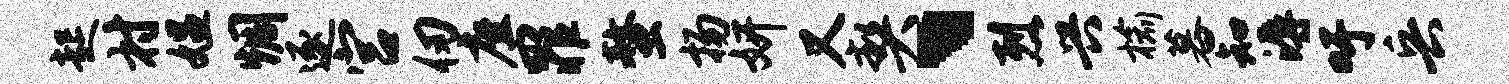
起村媪惆逐宫仞座罪螯扬妍又契、烈兴榆暮知溽吁兵